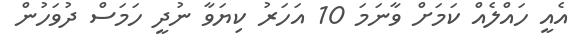
އެއީ ހައްލެއް ކަމަށް ވާނަމަ 10 އަހަރު ކިޔަވާ ނުދީ ހަމަސް ދުވަހުން